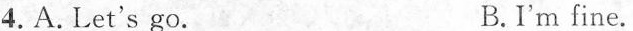
4.A. Let's go. B.I'm fine.